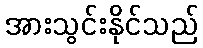
အားသွင်းနိုင်သည်